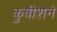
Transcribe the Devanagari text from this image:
कुबीशने